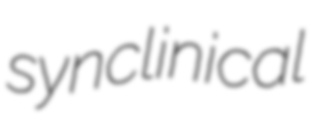
synclinical